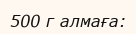
500 г алмаға: